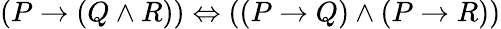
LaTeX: (P\to(Q\land R))\Leftrightarrow((P\to Q)\land(P\to R))